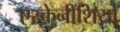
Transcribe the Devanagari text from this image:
एस्केनीशिया